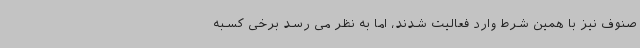
صنوف نیز با همین شرط وارد فعالیت شدند، اما به نظر می رسد برخی کسبه